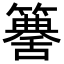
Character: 𥵶